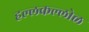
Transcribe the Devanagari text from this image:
हल्लकल्लोळ